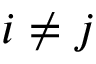
i \neq j